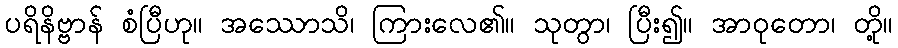
ပရိနိဗ္ဗာန် စံပြီဟု။ အဿောသိ၊ ကြားလေ၏။ သုတွာ၊ ပြီး၍။ အာဝုတော၊ တို့။